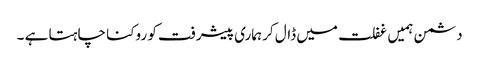
دشمن ہمیں غفلت میں ڈال کر ہماری پیشرفت کو روکنا چاہتا ہے ۔